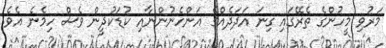
މަރުވި މީހުންގެ ތެރޭގައި ގިނަ އަދަދެއްގެ އަންހެނުންނާއި ކުޑަކުދީން ވެސް ހިމެނެ އެވެ.